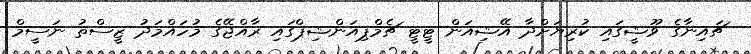
ޗައިނާގެ ވޫޝީގައި ކުރިޔަށްދާ އޭޝިއަން ޓީޓީ ޗެމްޕިއަންޝިޕްގައި ރާއްޖޭގެ މުހައްމަދު ޒީސްތު ނަސީމް